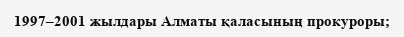
1997–2001 жылдары Алматы қаласының прокуроры;